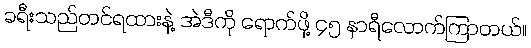
ခရီးသည်တင်ရထားနဲ့ အဲဒီကို ရောက်ဖို့ ၄၅ နာရီလောက်ကြာတယ်။